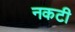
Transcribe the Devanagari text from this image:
नकटी